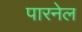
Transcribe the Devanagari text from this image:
पारनेल